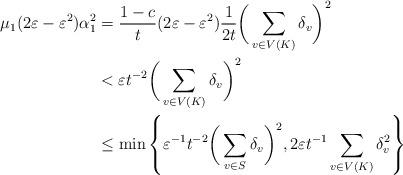
LaTeX: \begin{align*}\mu_1(2\varepsilon-\varepsilon^2)\alpha_1^2 &= \frac{1-c}{t}(2\varepsilon-\varepsilon^2)\frac{1}{2t} \bigg(\sum_{v \in V(K)} \delta_v \bigg)^2 \\&< \varepsilon t^{-2} \bigg(\sum_{v\in V(K)} \delta_v \bigg)^2 \\&\leq \min\left\{ \varepsilon^{-1} t^{-2} \bigg(\sum_{v\in S}\delta_v \bigg)^2, 2\varepsilon t^{-1}\sum_{v \in V(K)} \delta_v^2\right\} \end{align*}